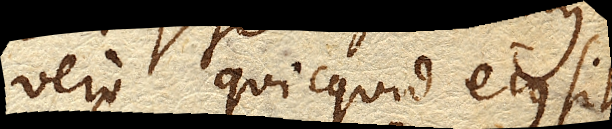
vero quicquid ejus sit